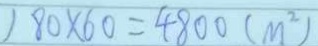
) 1 8 0 \times 6 0 = 4 8 0 0 ( m ^ { 2 } )